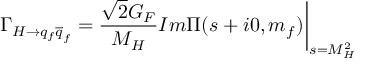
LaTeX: \Gamma _ { H \rightarrow q _ { f } \overline { { { q } } } _ { f } } = \frac { \sqrt { 2 } G _ { F } } { M _ { H } } I m \Pi ( s + i 0 , m _ { f } ) \biggr | _ { s = M _ { H } ^ { 2 } }